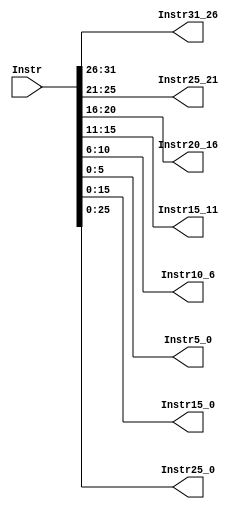
module split(
    input  [31:0]  Instr,
    output [31:26] Instr31_26,
    output [25:21] Instr25_21,
    output [20:16] Instr20_16,
    output [15:11] Instr15_11,
    output [10:6]  Instr10_6,
    output [5:0]   Instr5_0,
    output [15:0]  Instr15_0,
    output [25:0]  Instr25_0
);
    assign Instr31_26 = Instr[31:26];
    assign Instr25_21 = Instr[25:21];
    assign Instr20_16 = Instr[20:16];
    assign Instr15_11 = Instr[15:11];
    assign Instr10_6  = Instr[10:6];
    assign Instr5_0   = Instr[5:0];
    assign Instr15_0  = Instr[15:0];
    assign Instr25_0  = Instr[25:0];
endmodule